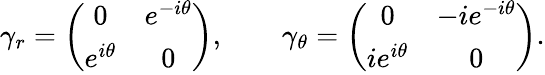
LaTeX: \gamma_{r}=\left(\begin{array}{cc}{{0}}&{{e^{-i\theta}}}\\ {{e^{i\theta}}}&{{0}}\end{array}\right),\qquad\gamma_{\theta}=\left(\begin{array}{cc}{{0}}&{{-ie^{-i\theta}}}\\ {{ie^{i\theta}}}&{{0}}\end{array}\right).